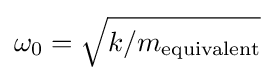
\omega _{0}={\sqrt {k/m_{\text{equivalent}}}}